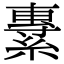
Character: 𦄯